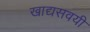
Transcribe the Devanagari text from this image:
खाद्यसवयी